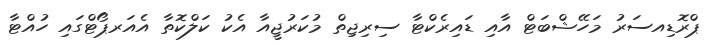
ޕްރޮޑިއސަރު މަހޭޝްބަޓް އާއި ޑައިރެކްޓާ ސިރިޖިތް މުކަރުޖީއާ އެކު ކަލްކޮތާ އެއަރޕޯޓްގައި ހުއްޓާ